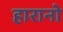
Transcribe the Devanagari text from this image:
हारानो